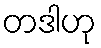
တဒါဟု